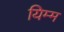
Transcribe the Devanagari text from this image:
यिम्म